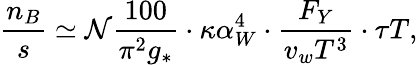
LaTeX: {\frac{n_{B}}{s}}\simeq{\cal N}{\frac{100}{\pi^{2}g_{*}}}\cdot\kappa\alpha_{W}^{4}\cdot{\frac{F_{Y}}{v_{w}T^{3}}}\cdot\tau T,